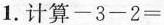
1.计算$$-3-2=$$